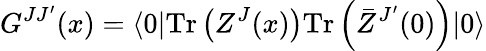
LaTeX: G^{JJ^{\prime}}(x)=\langle 0|\mathrm{Tr}\left(Z^{J}(x)\right)\mathrm{Tr}\left(\bar{Z}^{J^{\prime}}(0)\right)|0\rangle